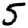
Digit: 5